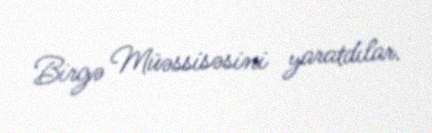
Birgə Müəssisəsini yaratdılar.